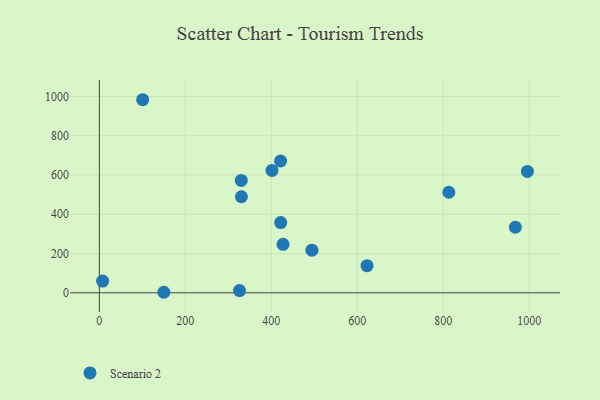
{"axis": {"x": "Speed", "y": "Exam Score"}, "legend": ["Scenario 2"], "data": [{"x": "995.7", "y": 618.0, "type": "Scenario 2"}, {"x": "330.5", "y": 489.3, "type": "Scenario 2"}, {"x": "401.6", "y": 623.5, "type": "Scenario 2"}, {"x": "421.8", "y": 357.8, "type": "Scenario 2"}, {"x": "326.1", "y": 11.3, "type": "Scenario 2"}, {"x": "421.6", "y": 671.4, "type": "Scenario 2"}, {"x": "330.1", "y": 572.2, "type": "Scenario 2"}, {"x": "150.1", "y": 2.6, "type": "Scenario 2"}, {"x": "622.7", "y": 138.2, "type": "Scenario 2"}, {"x": "967.7", "y": 333.9, "type": "Scenario 2"}, {"x": "494.5", "y": 217.0, "type": "Scenario 2"}, {"x": "813.0", "y": 512.2, "type": "Scenario 2"}, {"x": "7.6", "y": 59.6, "type": "Scenario 2"}, {"x": "100.7", "y": 983.5, "type": "Scenario 2"}, {"x": "427.3", "y": 246.8, "type": "Scenario 2"}]}